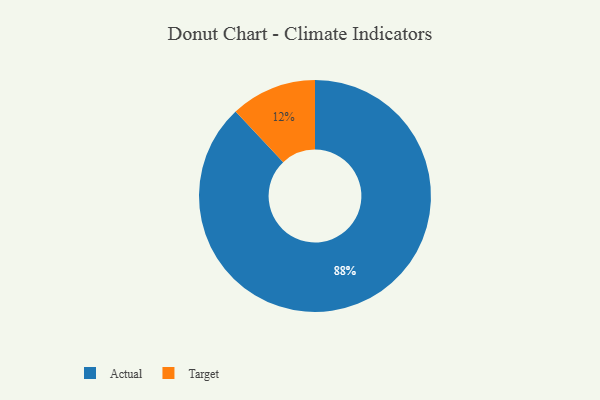
{"axis": {"x": "Category", "y": "Percentage"}, "legend": ["Actual", "Target"], "data": [{"x": "Target", "y": 12, "type": "Target"}, {"x": "Actual", "y": 88, "type": "Actual"}]}